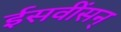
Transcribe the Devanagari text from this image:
ईसवींसन्